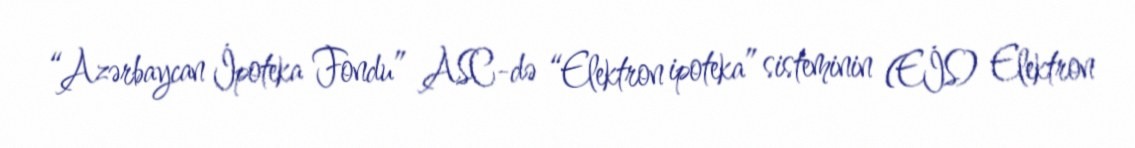
“Azərbaycan İpoteka Fondu” ASC-də “Elektron ipoteka” sisteminin (EİS) Elektron